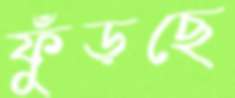
ফুঁড়ছে